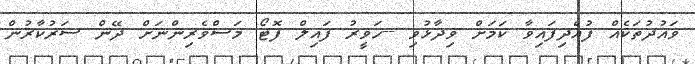
ވައުދުތަކެއް ފުއްދިފައިވާ ކަމަށް ވިދާޅުވި --ހަވީރު ފައިލް ފޮޓޯ މަސްވެރިންނަށް ދޭން ސަރުކާރުން